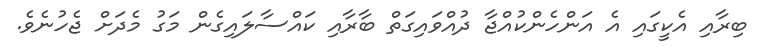
ބިރާއި އެކީގައި އެ އަންހެންކުއްޖާ ދުއްވައިގަތް ބާރާއި ކައްސާލައިގެން މަގު މެދަށް ޖެހުނެވެ.